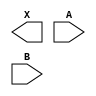
module sky130_fd_sc_ms__or2 (
    X,
    A,
    B
);

    output X;
    input  A;
    input  B;

    // Voltage supply signals
    supply1 VPWR;
    supply0 VGND;
    supply1 VPB ;
    supply0 VNB ;

endmodule